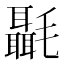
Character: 𰚶